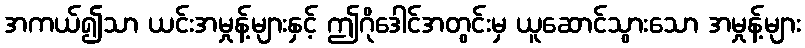
အကယ်၍သာ ယင်းအမှုန့်များနှင့် ဤဂိုဒေါင်အတွင်းမှ ယူဆောင်သွားသော အမှုန့်များ